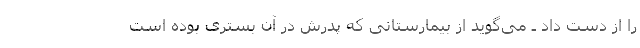
را از دست داد ـ می‌گوید از بیمارستانی که پدرش در آن بستری بوده است